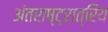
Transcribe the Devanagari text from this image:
अंतराष्ट्रात्रिय